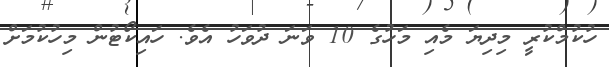
ހުކުމްކުރީ މިދިޔަ މެއި މަހުގެ 10 ވަނަ ދުވަހު އެވެ. ހައިކޯޓުން މިހުކުމަށް